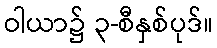
ဝါယာ၌ ၃-စီနှစ်ပုဒ်။